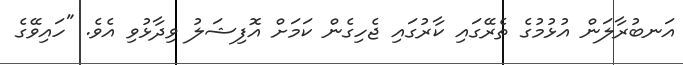
އަނބުރާލަން އުޅުމުގެ ތެރޭގައި ކާރުގައި ޖެހިގެން ކަމަށް އޮފިޝަލު ވިދާޅުވި އެވެ. "ހައިވޭގެ